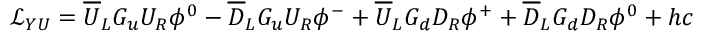
{ \mathcal { L } } _ { Y U } = { \overline { { U } } } _ { L } G _ { u } U _ { R } \phi ^ { 0 } - { \overline { { D } } } _ { L } G _ { u } U _ { R } \phi ^ { - } + { \overline { { U } } } _ { L } G _ { d } D _ { R } \phi ^ { + } + { \overline { { D } } } _ { L } G _ { d } D _ { R } \phi ^ { 0 } + h c